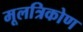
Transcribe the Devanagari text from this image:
मूलत्रिकोण